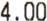
4.00